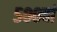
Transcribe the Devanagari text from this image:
५००वां